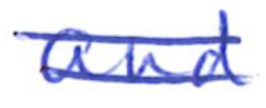
Text: and
Cross-out: double-line
Writing tool: ballpoint